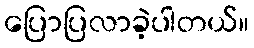
ပြောပြလာခဲ့ပါတယ်။